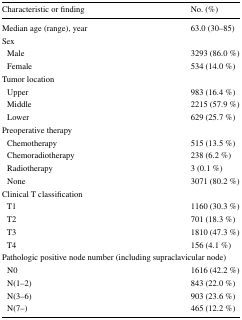
<table><thead><tr><td><b>Characteristic or finding</b></td><td><b>No. (%)</b></td></tr></thead><tbody><tr><td>Median age (range), year</td><td>63.0 (30–85)</td></tr><tr><td colspan="2">Sex</td></tr><tr><td> Male</td><td>3293 (86.0 %)</td></tr><tr><td> Female</td><td>534 (14.0 %)</td></tr><tr><td colspan="2">Tumor location</td></tr><tr><td> Upper</td><td>983 (16.4 %)</td></tr><tr><td> Middle</td><td>2215 (57.9 %)</td></tr><tr><td> Lower</td><td>629 (25.7 %)</td></tr><tr><td colspan="2">Preoperative therapy</td></tr><tr><td> Chemotherapy</td><td>515 (13.5 %)</td></tr><tr><td> Chemoradiotherapy</td><td>238 (6.2 %)</td></tr><tr><td> Radiotherapy</td><td>3 (0.1 %)</td></tr><tr><td> None</td><td>3071 (80.2 %)</td></tr><tr><td colspan="2">Clinical T classification</td></tr><tr><td> T1</td><td>1160 (30.3 %)</td></tr><tr><td> T2</td><td>701 (18.3 %)</td></tr><tr><td> T3</td><td>1810 (47.3 %)</td></tr><tr><td> T4</td><td>156 (4.1 %)</td></tr><tr><td colspan="2">Pathologic positive node number (including supraclavicular node)</td></tr><tr><td> N0</td><td>1616 (42.2 %)</td></tr><tr><td> N(1–2)</td><td>843 (22.0 %)</td></tr><tr><td> N(3–6)</td><td>903 (23.6 %)</td></tr><tr><td> N(7–)</td><td>465 (12.2 %)</td></tr></tbody></table>